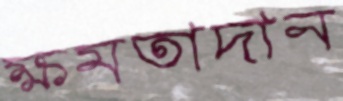
ক্ষমতাদান